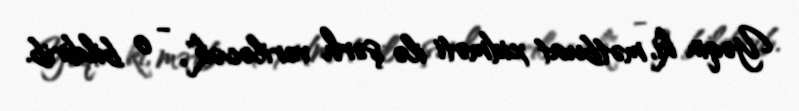
Yəqin ki, mətbuat xidməti ilə şərh veriləcək", - o bildirib.